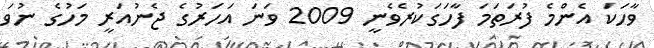
ވާހަކަ އެންމެ ފުރަތަމަ ފާހަގަކުރެވެނީ 2009 ވަނަ އަހަރުގެ ޖެނުއަރީ މަހުގެ ނުވަ